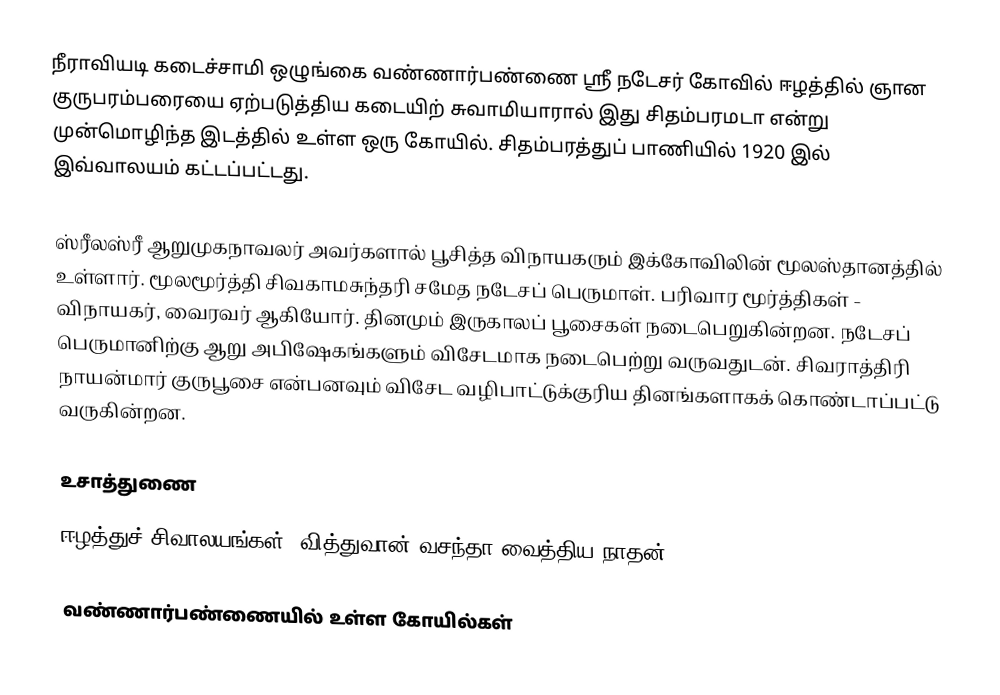
நீராவியடி கடைச்சாமி ஒழுங்கை வண்ணார்பண்ணை ஸ்ரீ நடேசர் கோவில் ஈழத்தில் ஞான குருபரம்பரையை ஏற்படுத்திய கடையிற் சுவாமியாரால் இது சிதம்பரமடா என்று முன்மொழிந்த இடத்தில் உள்ள ஒரு கோயில். சிதம்பரத்துப் பாணியில் 1920 இல் இவ்வாலயம் கட்டப்பட்டது.

ஸ்ரீலஸ்ரீ ஆறுமுகநாவலர் அவர்களால் பூசித்த விநாயகரும் இக்கோவிலின் மூலஸ்தானத்தில் உள்ளார். மூலமூர்த்தி சிவகாமசுந்தரி சமேத நடேசப் பெருமாள். பரிவார மூர்த்திகள் - விநாயகர், வைரவர் ஆகியோர். தினமும் இருகாலப் பூசைகள் நடைபெறுகின்றன. நடேசப் பெருமானிற்கு ஆறு அபிஷேகங்களும் விசேடமாக நடைபெற்று வருவதுடன். சிவராத்திரி நாயன்மார் குருபூசை என்பனவும் விசேட வழிபாட்டுக்குரிய தினங்களாகக் கொண்டாப்பட்டு வருகின்றன.

உசாத்துணை
ஈழத்துச் சிவாலயங்கள், வித்துவான் வசந்தா வைத்திய நாதன்

வண்ணார்பண்ணையில் உள்ள கோயில்கள்